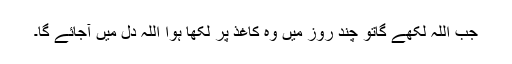
جب اللہ لکھے گاتو چند روز میں وہ کاغذ پر لکھا ہوا اللہ دل میں آجائے گا۔